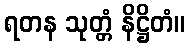
ရတန သုတ္တံ နိဋ္ဌိတံ။